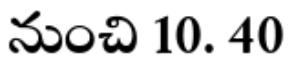
నుంచి 10. 40